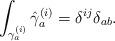
LaTeX: \begin{align*}\int_{\gamma_a^{(i)}} \hat \gamma_a^{(i)} = \delta^{ij} \delta_{ab}.\end{align*}